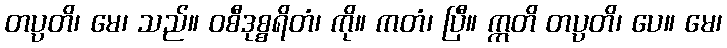
တပ္ပတိ၊ မေ၊ သည်။ ဝစီဒုစ္စရိတံ၊ ကို။ ကတံ၊ ပြီ။ ဣတိ တပ္ပတိ၊ ပေ။ မေ၊